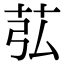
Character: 苰